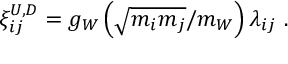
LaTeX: \xi _ { i j } ^ { U , D } = g _ { W } \left( { \sqrt { m _ { i } m _ { j } } } / m _ { W } \right) \lambda _ { i j } ~ .